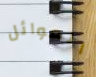
العوائل